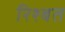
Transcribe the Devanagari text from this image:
रिश्बत